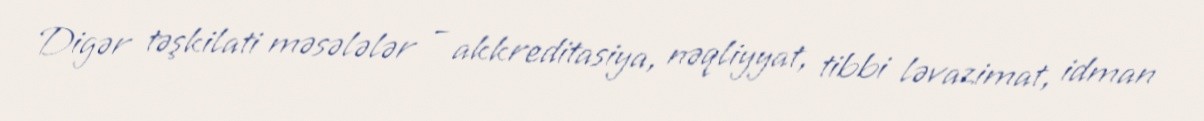
Digər təşkilati məsələlər – akkreditasiya, nəqliyyat, tibbi ləvazimat, idman